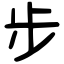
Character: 步